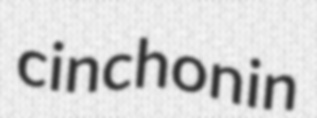
cinchonin